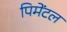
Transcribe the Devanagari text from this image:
पिमेंटल